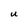
Character: U